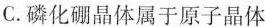
C.磷化硼晶体属于原子晶体